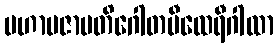
မဟာပဇာပတိဂေါတမီထေရီဂါထာ